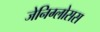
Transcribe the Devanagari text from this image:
जेनिग्लोसस